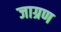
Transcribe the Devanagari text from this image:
जाग्रण